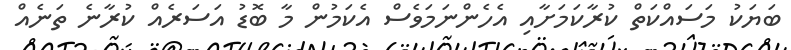
ބަޔަކު މަސައްކަތް ކުރާކަމަށާއި އެހެންނަމަވެސް އެކަމުން މާ ބޮޑު އަސަރެއް ކުރާނެ ތަނެއް